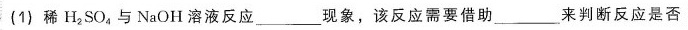
(1)稀H^{2}SO^{4}与NaOH溶液反应___现象，该反应需要借助___来判断反应是否